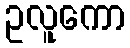
ဥလူကော